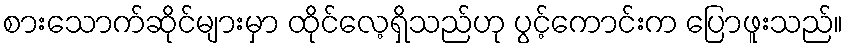
စားသောက်ဆိုင်များမှာ ထိုင်လေ့ရှိသည်ဟု ပွင့်ကောင်းက ပြောဖူးသည်။